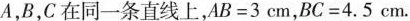
A，B，C在同一条直线上，$$AB=3cm$$，$$BC=4.5cm$$。